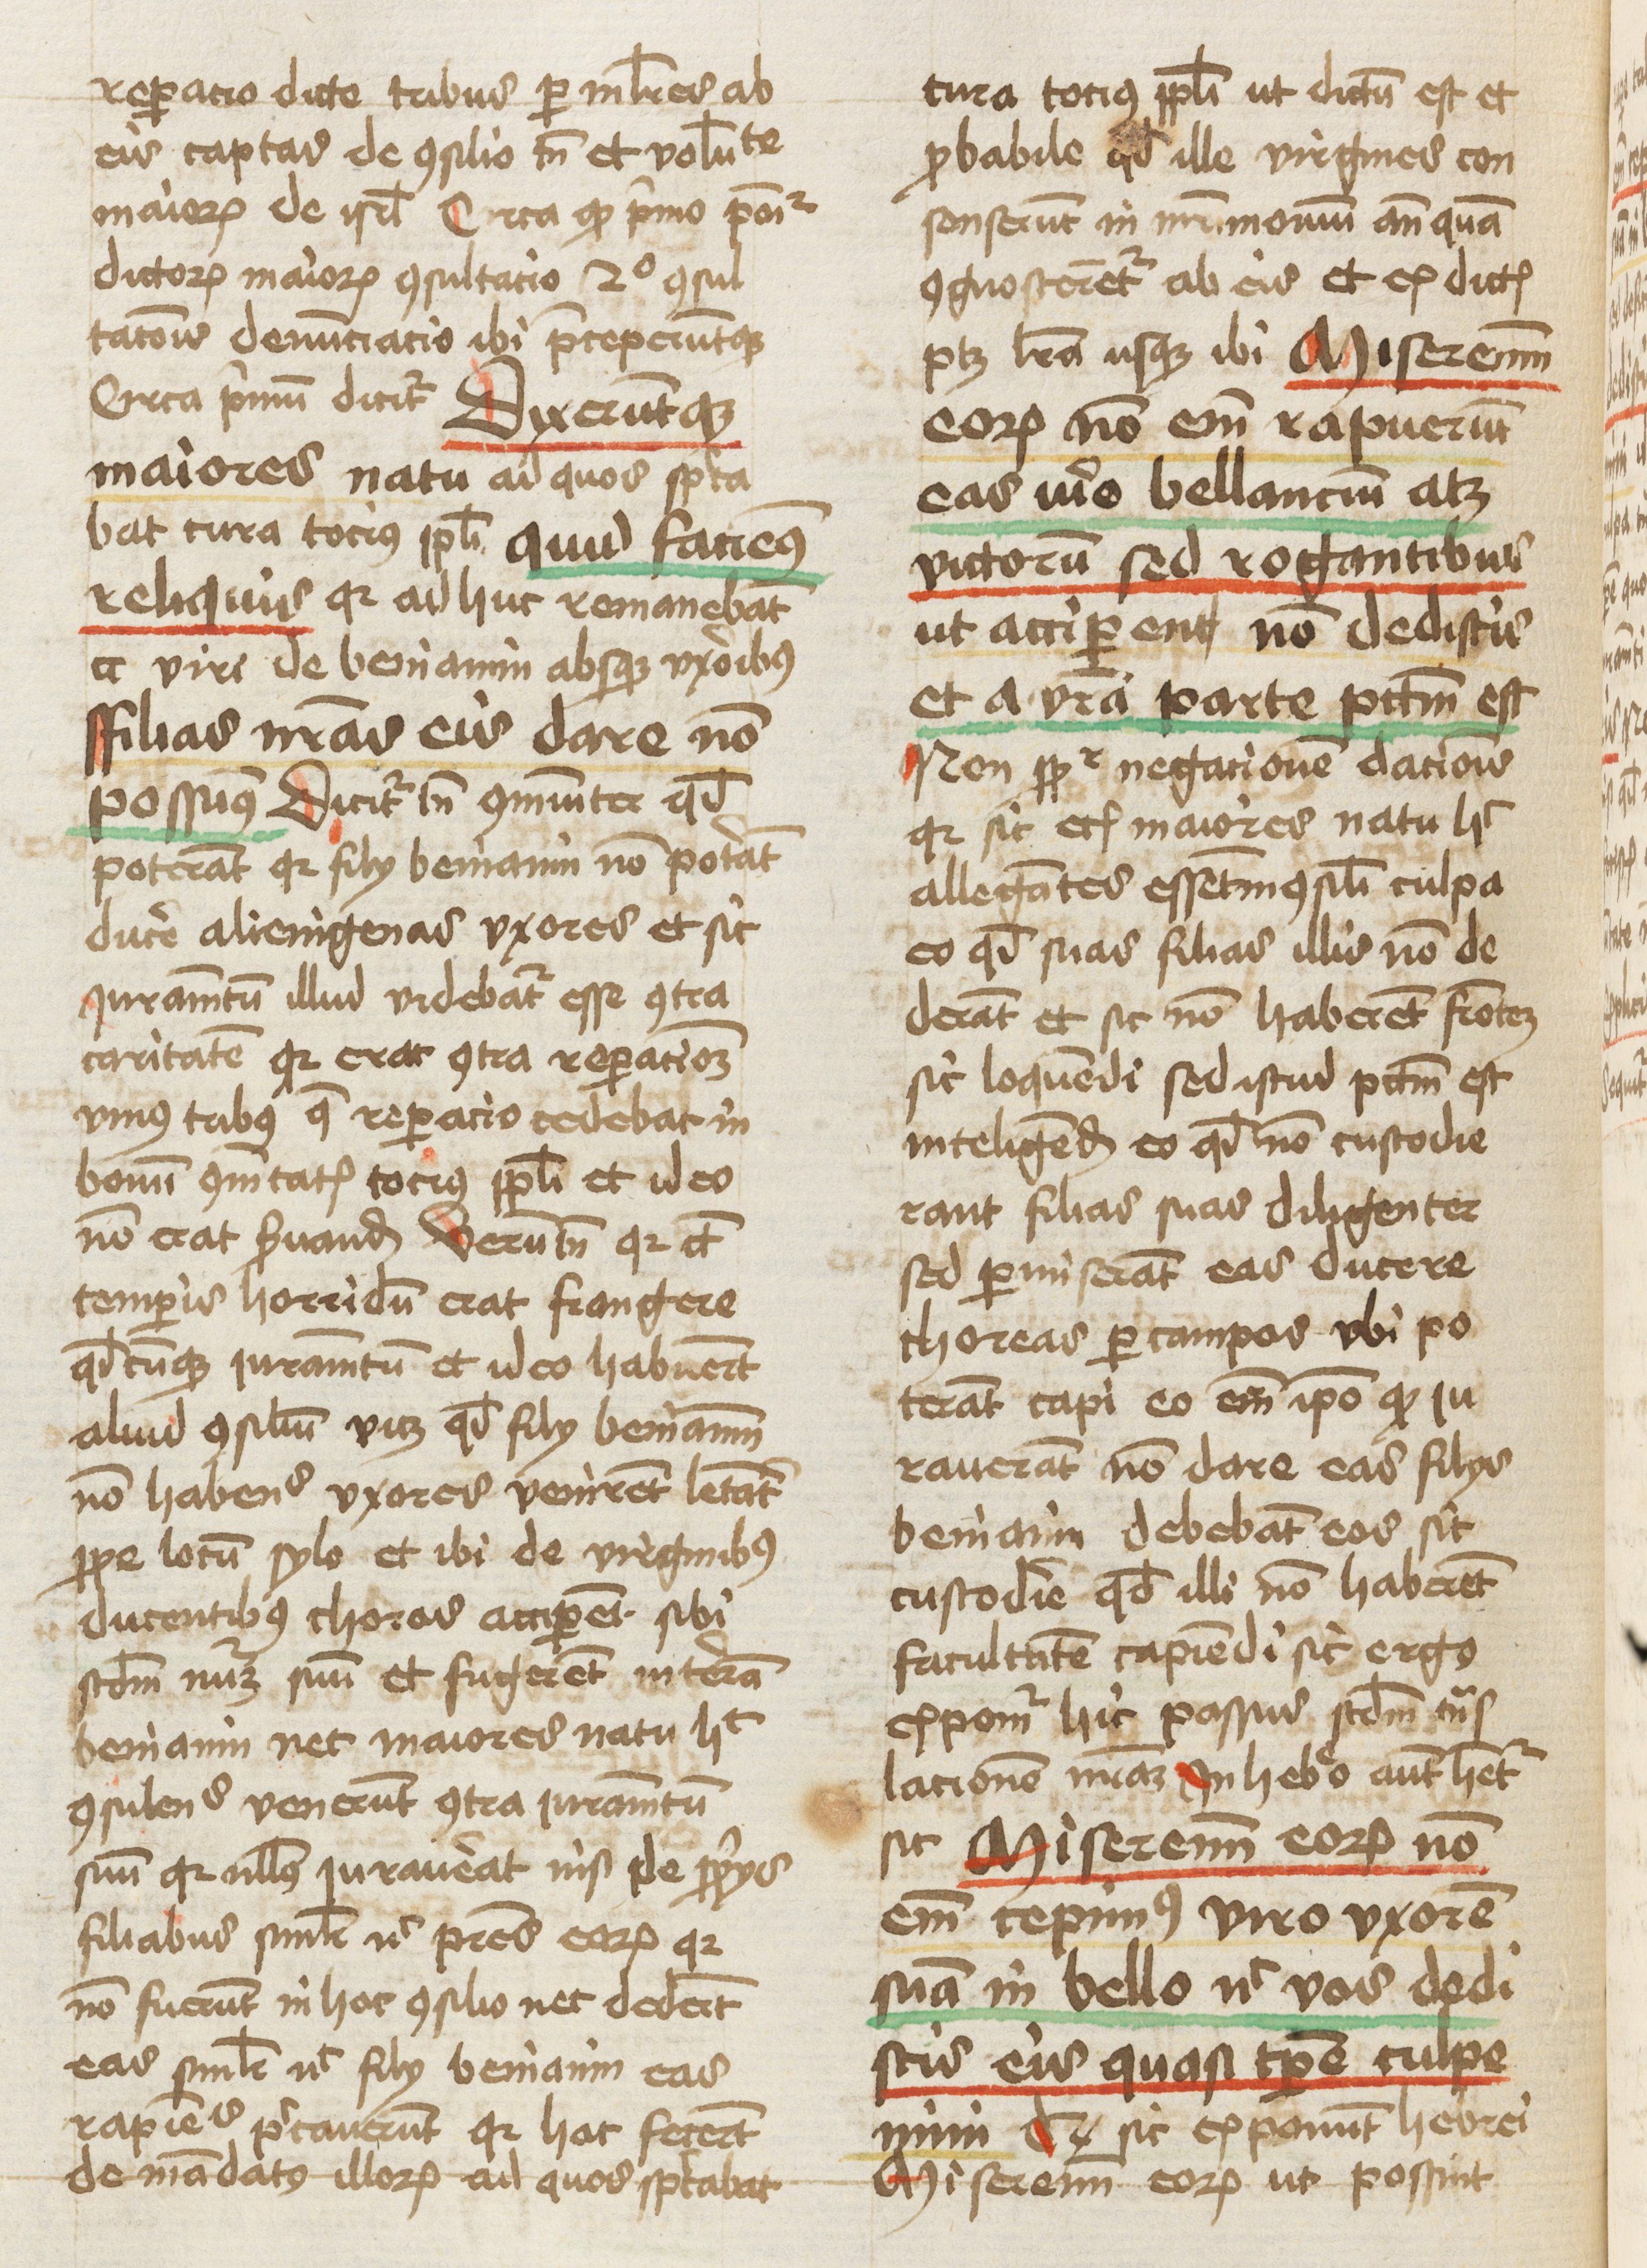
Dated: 1461–1461